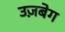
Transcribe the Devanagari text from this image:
उज़बेग